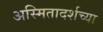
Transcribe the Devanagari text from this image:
अस्मितादर्शच्या